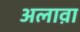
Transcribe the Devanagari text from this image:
अलाव़ा